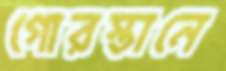
গোরস্তানে